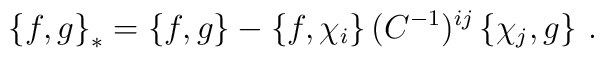
\left\{f,g\right\}_*=\left\{f,g\right\}-\left\{f,\chi_i\right\}(C^{-1})^{ij}\left\{\chi_j,g\right\}\,.